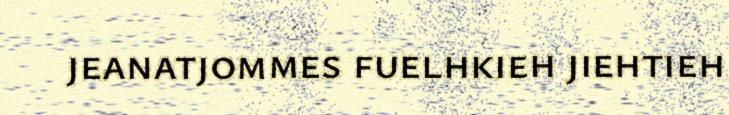
jeanatjommes fuelhkieh jiehtieh